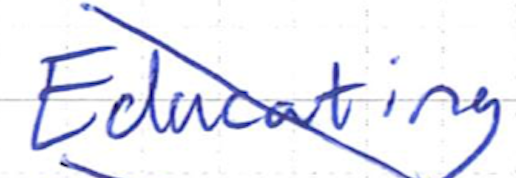
Text: Educating
Cross-out: diagonal
Writing tool: ballpoint